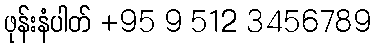
ဖုန်းနံပါတ် +95 9 512 3456789